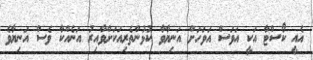
އެއީ ކޯސްޓާ އަކީ އަވަސް އަވަހަށް އަނިޔާވާ ކުޅުންތެރިއަކަށްވާއިރު އަނެއްކާ ވެސް އަނިޔާވެ